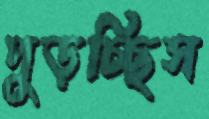
পুড়চ্ছিস